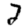
Digit: 2